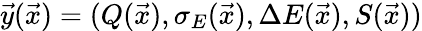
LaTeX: \vec{y}(\vec{x})=(Q(\vec{x}),\sigma_{E}(\vec{x}),\Delta E(\vec{x}),S(\vec{x}))